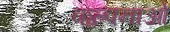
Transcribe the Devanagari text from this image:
कल्पनाओ